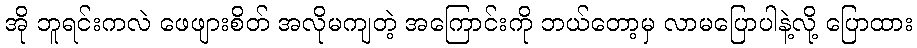
အို ဘူရင်းကလဲ ဖေဖျားစိတ် အလိုမကျတဲ့ အကြောင်းကို ဘယ်တော့မှ လာမပြောပါနဲ့လို့ ပြောထား